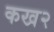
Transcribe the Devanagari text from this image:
कख२